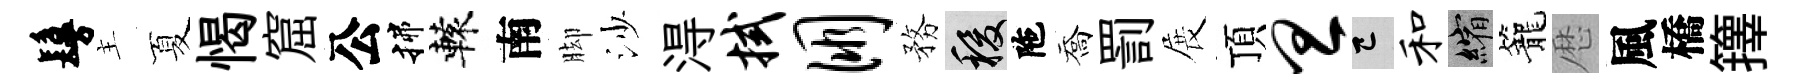
鬘主夏愒窟公揲轅南脚沙淂拭朋務稷陁喬罰展頂旦巳和縮籠厯風橋籜